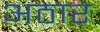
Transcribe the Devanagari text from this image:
अठार